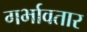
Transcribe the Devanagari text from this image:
गर्भावतार